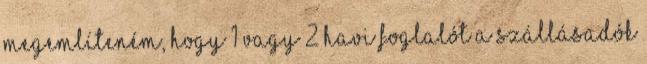
megemlíteném, hogy 1 vagy 2 havi foglalót a szállásadók